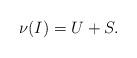
LaTeX: \begin{align*}\nu ( I ) = U + S. \end{align*}